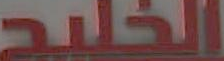
الخليج